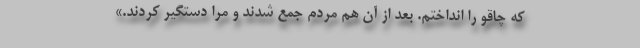
که چاقو را انداختم. بعد از آن هم مردم جمع شدند و مرا دستگیر کردند.»